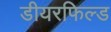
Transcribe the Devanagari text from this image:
डीयरफिल्ड